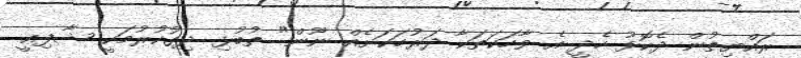
ރައްޔިތުން ދެކޮޅު ހެދީ އެ ވާހަކަތަކާ ދަރުހަކަށެއް ނޫން" ތުބުޅި ދިގުކުރުމަކީ ޝާފިޢީ